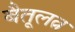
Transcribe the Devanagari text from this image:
बैतूलत्न